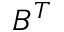
B ^ { T }